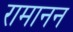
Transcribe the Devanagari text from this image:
रामानन